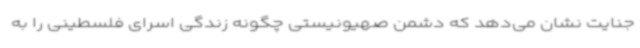
جنایت نشان می‌دهد که دشمن صهیونیستی چگونه زندگی اسرای فلسطینی را به